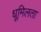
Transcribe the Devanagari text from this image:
धूमिलता